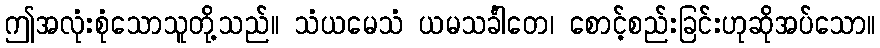
ဤအလုံးစုံသောသူတို့သည်။ သံယမေသံ ယမသင်္ခါတေ၊ စောင့်စည်းခြင်းဟုဆိုအပ်သော။